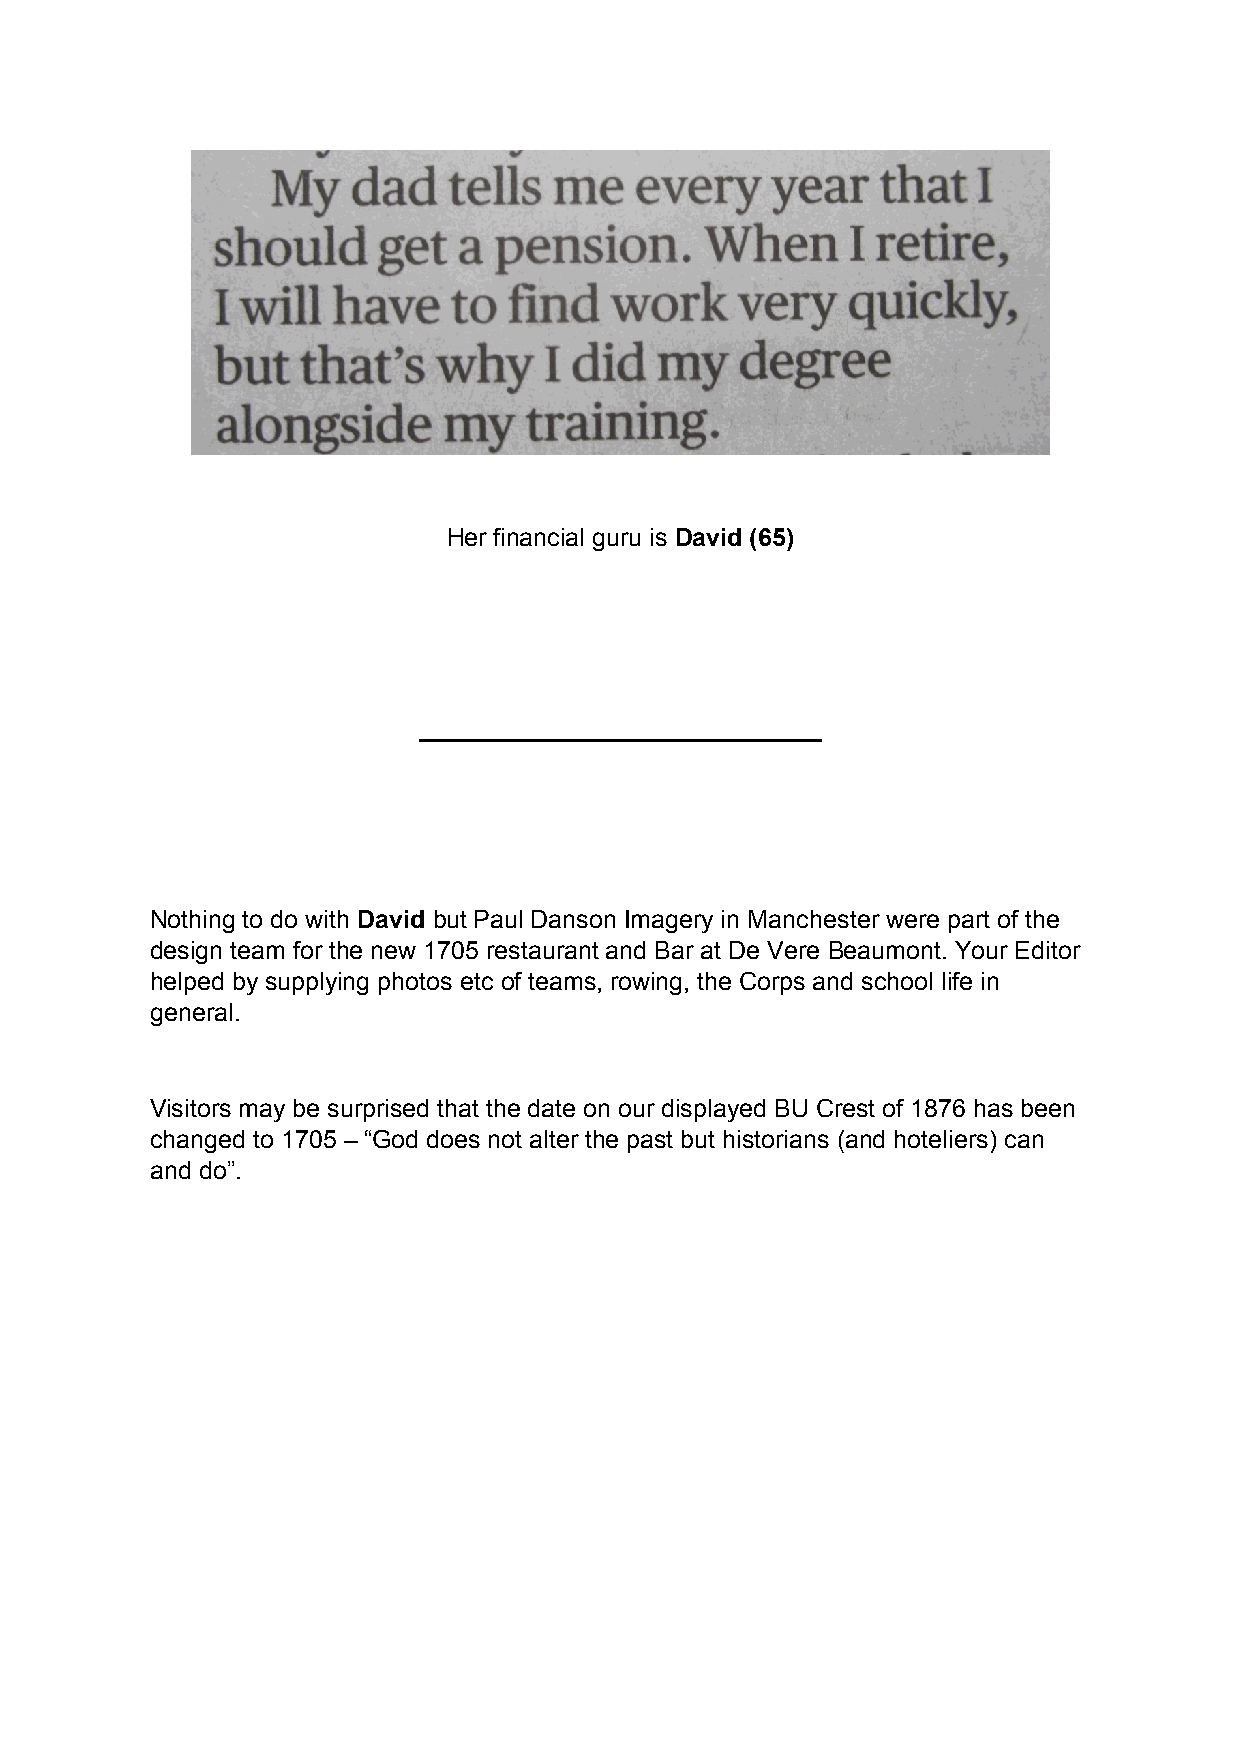
Her financial guru is David (65)
 _____________________________
 Nothing to do with David but Paul Danson Imagery in Manchester were part of the
 design team for the new 1705 restaurant and Bar at De Vere Beaumont. Your Editor
 helped by supplying photos etc of teams, rowing, the Corps and school life in
 general.
 Visitors may be surprised that the date on our displayed BU Crest of 1876 has been
 changed to 1705 – “God does not alter the past but historians (and hoteliers) can
 and do”.